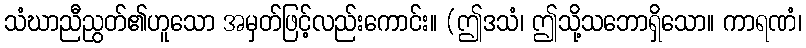
သံဃာညီညွတ်၏ဟူသော အမှတ်ဖြင့်လည်းကောင်း။ (ဤဒသံ၊ ဤသို့သဘောရှိသော။ ကာရဏံ၊